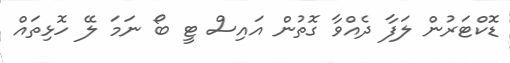
ޑޮކްޓަރުން ލަފާ ދެއްވާ ގޮތުން އައިސް ޓީ ބޯ ނަމަ ލޭ ހޮޅިތައްް